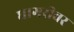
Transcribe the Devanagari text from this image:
घागरीवर